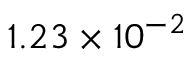
1 . 2 3 \times 1 0 ^ { - 2 }